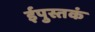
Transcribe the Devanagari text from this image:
ईपुस्तकं